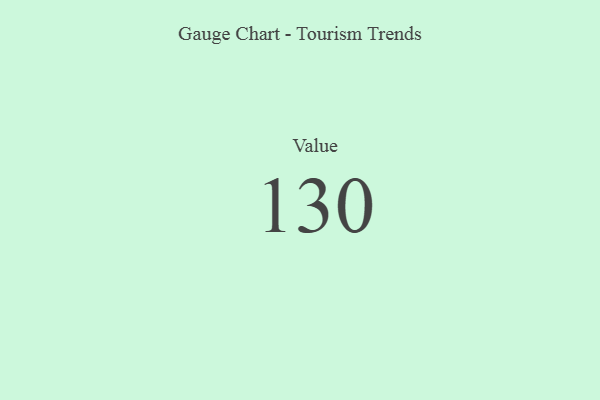
{"axis": {"x": "Metric", "y": "Value"}, "legend": [""], "data": [{"x": "Value", "y": 130, "type": ""}]}